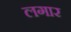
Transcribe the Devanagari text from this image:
लगार